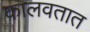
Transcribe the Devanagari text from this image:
कालवतात